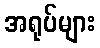
အရုပ်များ